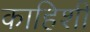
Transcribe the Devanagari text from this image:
काहिशी